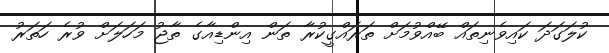
ކުލަގަދަ ކައިވެނިތައް ބޭއްވުމަށް ތަރައްގީކުރާ ތަން އިންޑިއާގެ ތާޖު މަހަލަށް ވުރެ ހަތަރު